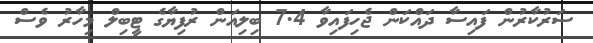
ސަރުކާރުން ފައިސާ ދައްކަން ޖެހިފައިވާ 7.4 ބިލިއަން ރުފިޔާގެ ޓީބިލް މިހާރު ވެސް